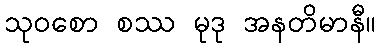
သုဝစော စဿ မုဒု အနတိမာနီ။